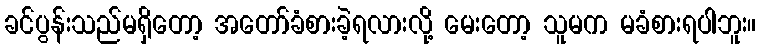
ခင်ပွန်းသည်မရှိတော့ အတော်ခံစားခဲ့ရလားလို့ မေးတော့ သူမက မခံစားရပါဘူး။